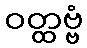
ဝတ္ထဗ္ဗံ